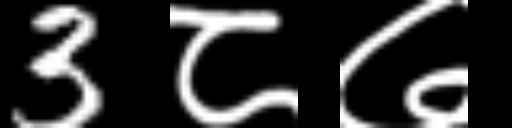
Text: 3८७